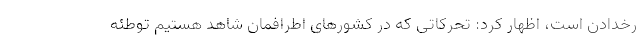
رخدادن است، اظهار کرد: تحرکاتی که در کشورهای اطرافمان شاهد هستیم توطئه